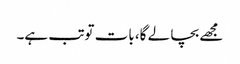
مجھے بچا لے گا، بات توتب ہے۔